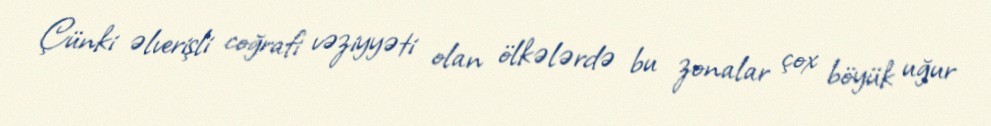
Çünki əlverişli coğrafi vəziyyəti olan ölkələrdə bu zonalar çox böyük uğur